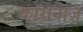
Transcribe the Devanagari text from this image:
कोरोनाज